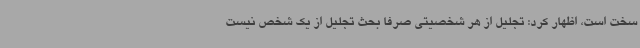
سخت است، اظهار کرد: تجلیل از هر شخصیتی صرفاً بحث تجلیل از یک شخص نیست